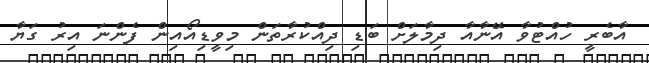
އާބެރީ ހުއްޓުވާ އޭނާއާ ދިމާލަށް ބަޑި ދިއްކުރާތަން މިވީޑިއޯއިން ފެންނަ އިރު ގަޔާ